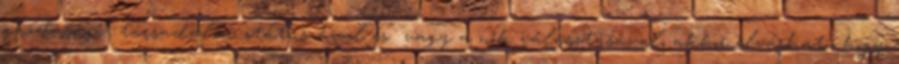
gazdasági társadalmi státuszával és vagy a nők választásával, akkor elvárható, hogy